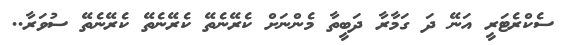
ސެކްރެޓަރީ އަނޭ ދަ ގަމާރާ ދަބީތާ މެންނަށް ކެރޭނެތޭ ކެރޭނެތޭ ކެރޭނެތޭ ސުވަރާ..